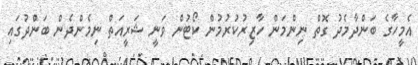
އެމީހާގެ ބަންދާމެދު ގޮތް ނިންމަން ހާޒިރުކުރުމުން ކޯޓުން ވަނީ ޝަރީއަތް ނިމެންދެން ބަންދުގައި